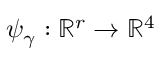
\psi _ { \gamma } : \mathbb { R } ^ { r } \to \mathbb { R } ^ { 4 }